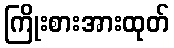
ကြိုးစားအားထုတ်